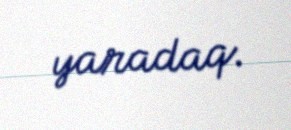
yaradaq.